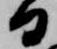
日